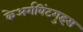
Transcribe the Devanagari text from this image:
केअर्गविंटगुइस